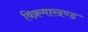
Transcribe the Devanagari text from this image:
विक्रमाखण्ड